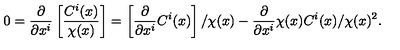
0 = \frac { \partial } { \partial x ^ { i } } \left[ \frac { C ^ { i } ( x ) } { \chi ( x ) } \right] = \left[ \frac { \partial } { \partial x ^ { i } } C ^ { i } ( x ) \right] / \chi ( x ) - \frac { \partial } { \partial x ^ { i } } \chi ( x ) C ^ { i } ( x ) / \chi ( x ) ^ { 2 } .